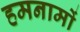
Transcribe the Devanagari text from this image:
हमनामों